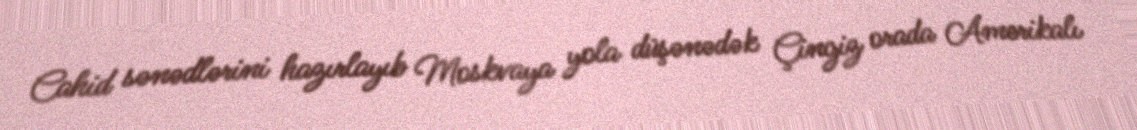
Cahid sənədlərini hazırlayıb Moskvaya yola düşənədək Çingiz orada Amerikalı